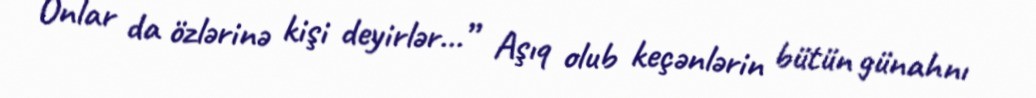
Onlar da özlərinə kişi deyirlər...” Aşıq olub keçənlərin bütün günahnı